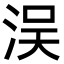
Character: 洖